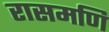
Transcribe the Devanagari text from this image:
रासमणि